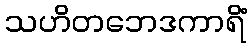
သဟိတဘေဒကာရိံ